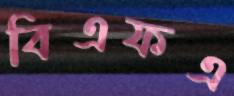
বিএফএ